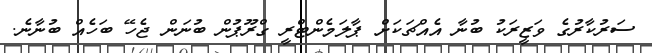
ސަރުކާރުގެ ވަޒީރަކު ބުނާ އެއްޗަކަށް ޕާލަމެންޓްރީ ގްރޫޕުން ބުނަން ޖެހޭ ބަހެއް ބުނާނެ.